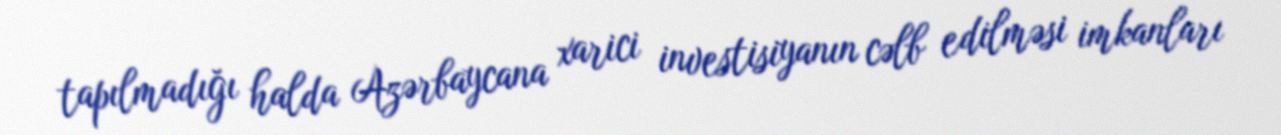
tapılmadığı halda Azərbaycana xarici investisiyanın cəlb edilməsi imkanları